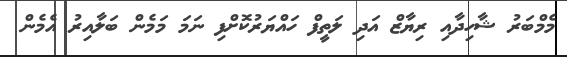
މެމްބަރު ޝާހިދާއި ރިޔާޒް އަދި ލަތީފް ހައްޔަރުކޮށްފި ނަމަ މަމެން ބަލާއިރު އެމެން